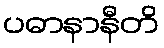
ပဓာနာနီတိ